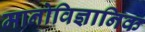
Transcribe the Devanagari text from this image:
मानोविज्ञानिक